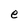
Character: e